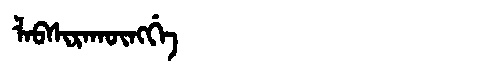
Manchu: ᠯᠠᠪᠰᡳᡵᠠᡴᡡᠩᡤᡝ
Romanization: LABSIRAKŪNGGE